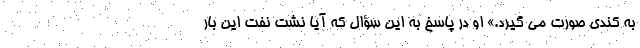
به کندی صورت می گیرد.» او در پاسخ به این سؤال که آیا نشت نفت این بار